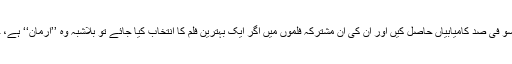
اس اعتبار سے زیبا اور وحید کے پیئر نے باکس آفس پر سو فی صد کامیابیاں حاصل کیں اور ان کی ان مشترکہ فلموں میں اگر ایک بہترین فلم کا انتخاب کیا جائے تو بلاشبہ وہ ’’ارمان‘‘ ہے، جس میں دونوں ہی فن کاروں کا فن عروج پر نظر آتا ہے۔